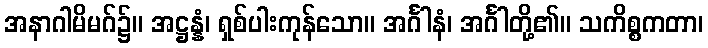
အနာဂါမိမဂ်၌။ အဋ္ဌန္နံ၊ ရှစ်ပါးကုန်သော။ အင်္ဂါနံ၊ အင်္ဂါတို့၏။ သကိစ္စကတာ၊